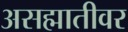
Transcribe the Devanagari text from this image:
असह्मातीवर